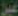
عبر